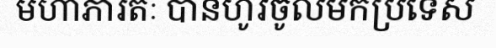
មហាភារតៈ បានហូរចូលមកប្រទេស